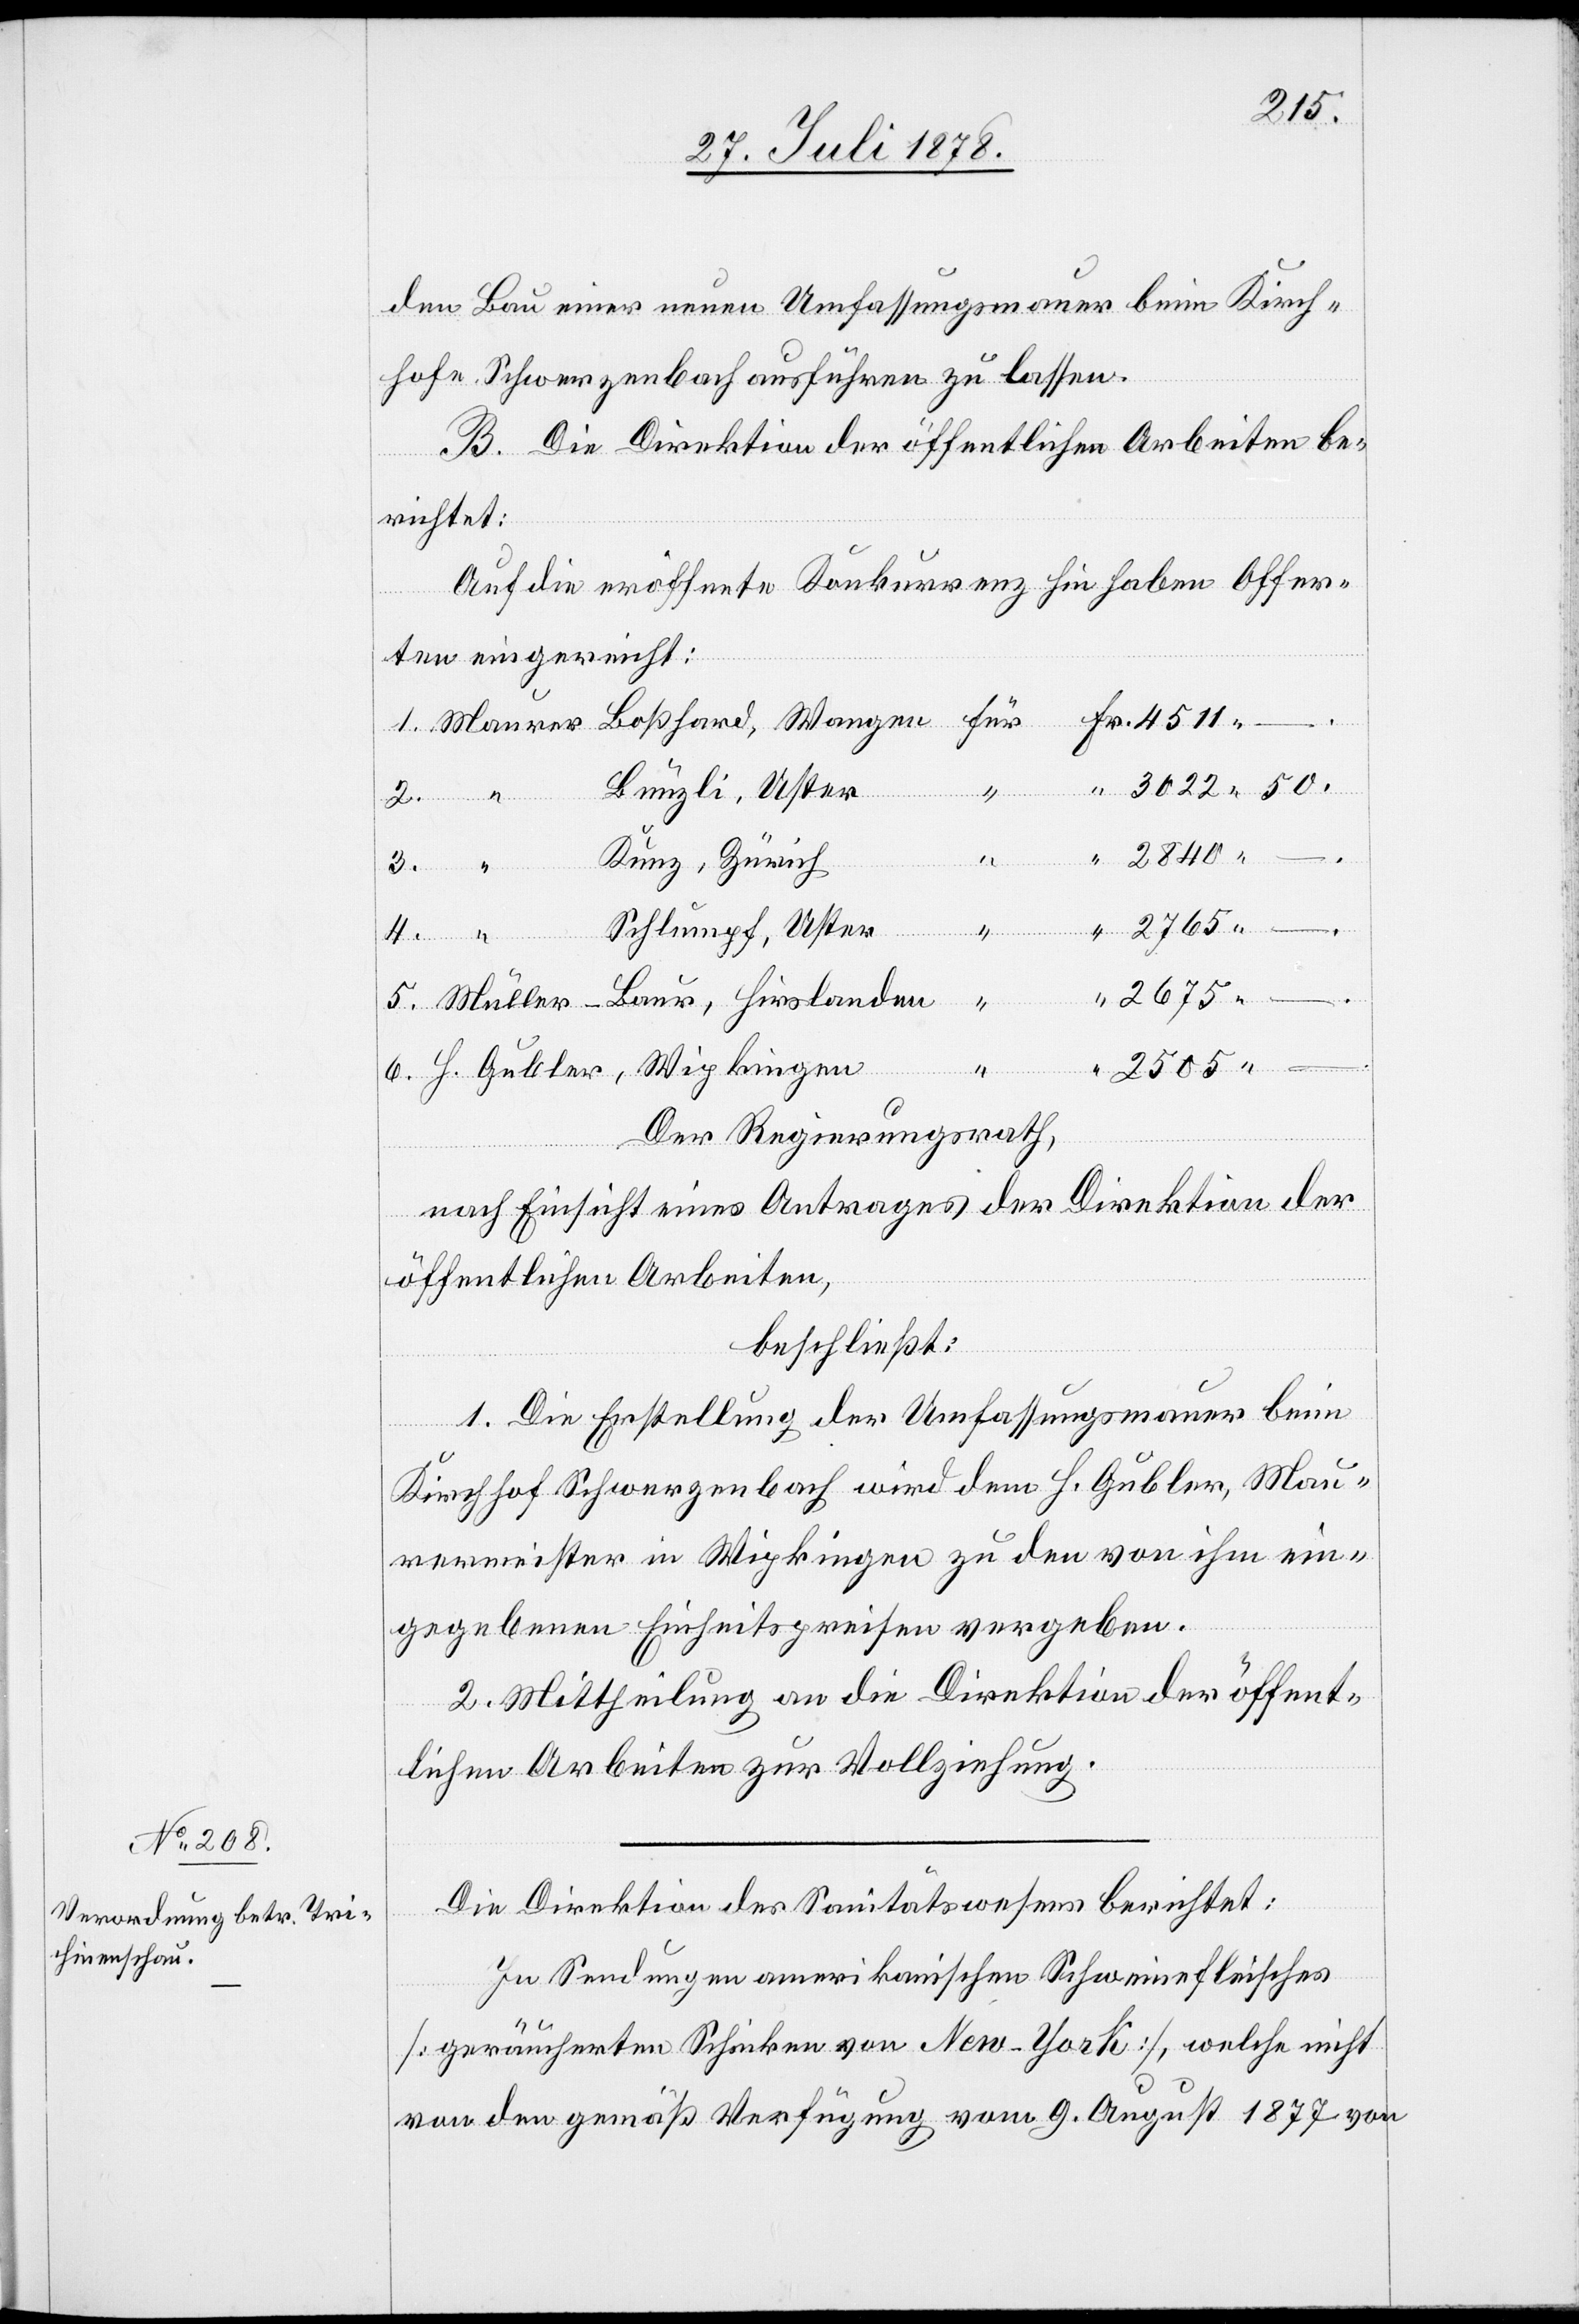
den Bau einer neuen Umfassungsmauer beim Kirch¬
hofe Schwerzenbach ausführen zu lassen.
B. Die Direktion der öffentlichen Arbeiten be¬
richtet:
Auf die eröffnete Konkurrenz hin haben Offer¬
H.
ten eingereicht:
Gubler,
Bünzli, Uster
“
Kunz, Zürich
3.
Wipkingen
Schlumpf, Uster
2675
2505 –
Der Regierungsrath,
nach Einsicht eines Antrages der Direktion der
öffentlichen Arbeiten,
beschließt:
1. Die Erstellung der Umfassungsmauer beim
Kirchhof Schwerzenbach wird dem H. Gubler, Mau¬
rermeister in Wipkingen zu den von ihm ein¬
gegebenen Einheitspreisen vergeben.
2. Mittheilung an die Direktion der öffent¬
lichen Arbeiten zur Vollziehung.
Die Direktion des Sanitätswesens berichtet:
In Sendungen amerikanischen Schweinefleisches
[geräucherten Schinken von New-York], welche nicht
von den gemäß Verfügung vom 9. August 1877 von